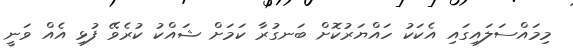
މިމައްސަލައިގައި އެކަކު ހައްޔަރުކޮށް ބަނގުރާ ކަމަށް ޝައްކު ކުރެވޭ ފުޅި އެއް ވަނީ